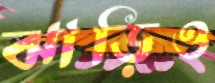
ঝাড়িও